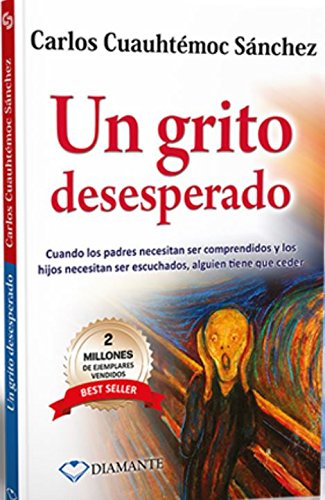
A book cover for Un grito desesperado  (Spanish Edition); Carlos Cuauhtemoc Sanchez; Parenting & Relationships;